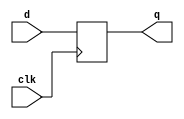
//implementacao comportamental do flip flop tipo d disparado por borda ascendente
module d_flip_flop(q, d, clk);
  input d, clk;
  output reg q;
  
  //sempre que ocorrer a borda positiva, o sinal de d eh amostrado na saida
  always @(posedge clk)
    q <= d;
  
endmodule